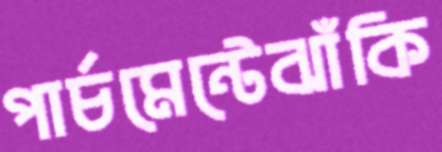
পার্চমেন্টেঝাঁকি